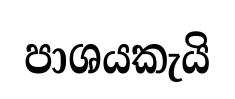
පාශයකැයි